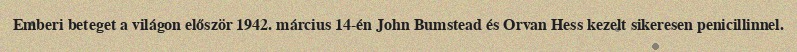
Emberi beteget a világon először 1942. március 14-én John Bumstead és Orvan Hess kezelt sikeresen penicillinnel.